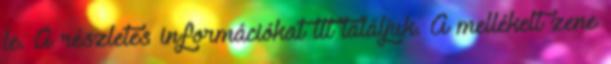
le. A részletes információkat itt találjuk. A mellékelt zene